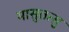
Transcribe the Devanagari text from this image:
मासुतत्सु